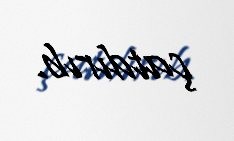
çatdırıb.